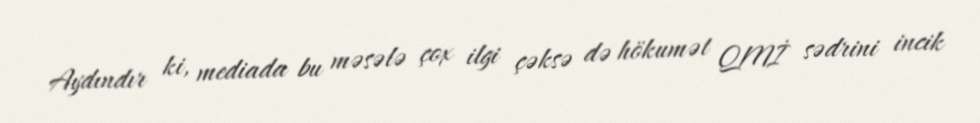
Aydındır ki, mediada bu məsələ çox ilgi çəksə də hökumət QMİ sədrini incik